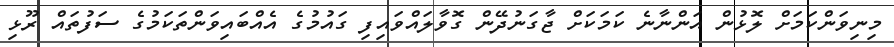
މިނިވަންކަމަށް ލޮޅުން އަންނާނެ ކަމަކަށް ޖާގަނުދޭން ގޮވާލައްވައިފި ގައުމުގެ އެއްބައިވަންތަކަމުގެ ސަފުތައް ރޫޅި